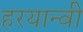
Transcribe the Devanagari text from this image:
हरयान्वी